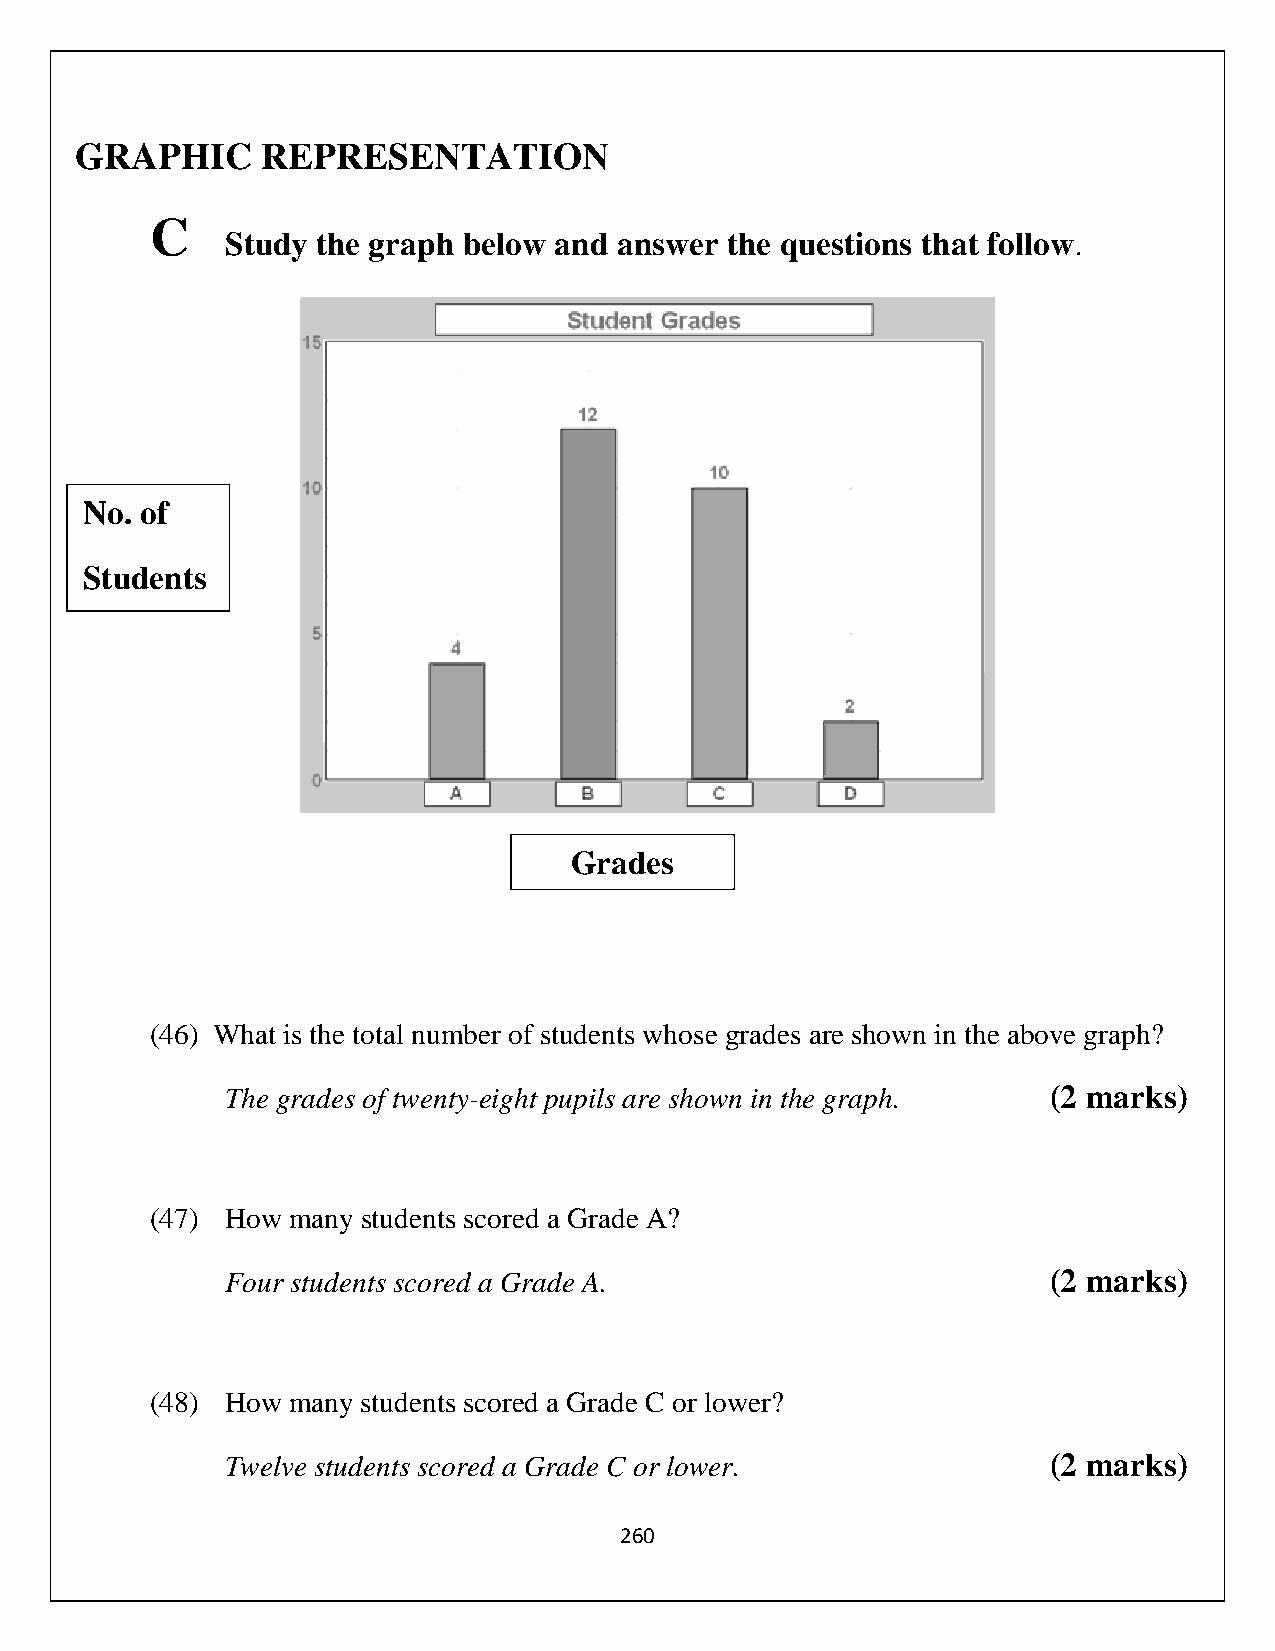
GRAPHIC     REPRESENTATION
 C
 Study the graph below and answer the questions that follow.
 No. of
 Students
 ss
 Grades
 (46) What is the total number of students whose grades are shown in the above graph?
 The grades of twenty-eight pupils are shown in the graph. (2 marks)
 (47) How many students scored a Grade A?
 Four students scored a Grade A.                        (2 marks)
 (48) How many students scored a Grade C or lower?
 Twelve students scored a Grade C or lower.             (2 marks)
 260